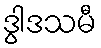
ဒွါဒသမီ